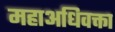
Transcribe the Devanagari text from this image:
महाअधिवक्ता